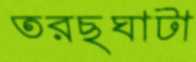
তরছঘাটা